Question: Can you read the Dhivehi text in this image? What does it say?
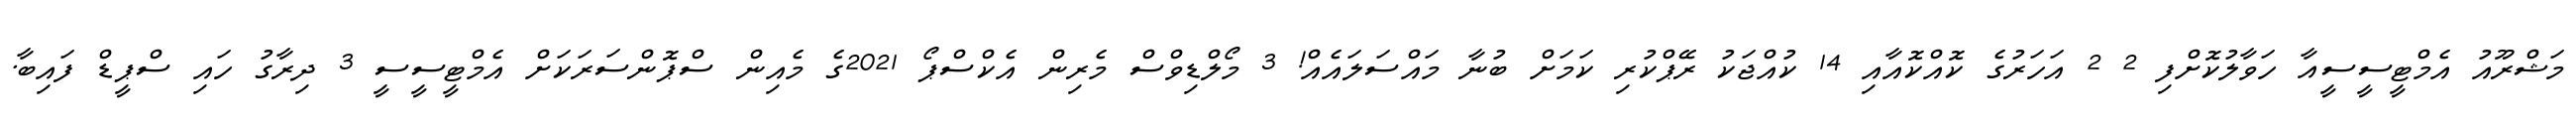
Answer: މަޝްރޫއު އެމްޓީސީސީއާ ހަވާލުކޮށްފި 2 2 އަހަރުގެ ކޮއްކޮއާއި 14 ކުއްޖަކު ރޭޕްކުރި ކަމަށް ބުނާ މައްސަލައެއް! 3 މޯލްޑިވްސް މެރިން އެކްސްޕޯ 2021ގެ މެއިން ސްޕޮންސަރަކަށް އެމްޓީސީސީ 3 ދިރާގު ހައި ސްޕީޑް ފައިބާ.